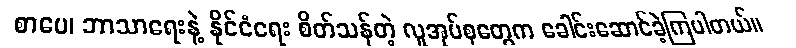
စာပေ၊ ဘာသာရေးနဲ့ နိုင်ငံရေး စိတ်သန်တဲ့ လူအုပ်စုတွေက ခေါင်းဆောင်ခဲ့ကြပါတယ်။